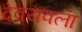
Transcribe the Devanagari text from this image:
देवयवला